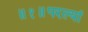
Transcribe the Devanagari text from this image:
॥१॥परल्यां